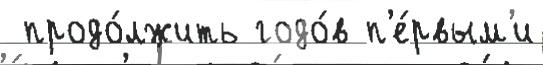
 продо́лжить годо́в п'е́рвым'и